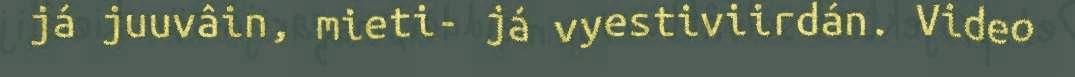
já juuvâin, mieti- já vyestiviirdán. Video